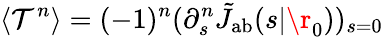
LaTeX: \langle\mathcal{T}^{n}\rangle=(-1)^{n}(\partial_{s}^{n}\tilde{J}_{\mathrm{{ab}}}(s|\r_{0}))_{s=0}